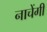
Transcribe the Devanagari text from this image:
नाचेंगी